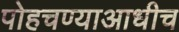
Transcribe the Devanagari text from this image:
पोहचण्याआधीच